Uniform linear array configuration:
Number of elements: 32
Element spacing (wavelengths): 0.25
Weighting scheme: kaiser
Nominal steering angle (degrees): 15
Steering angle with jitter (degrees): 14.985
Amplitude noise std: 0.05
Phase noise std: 0.05

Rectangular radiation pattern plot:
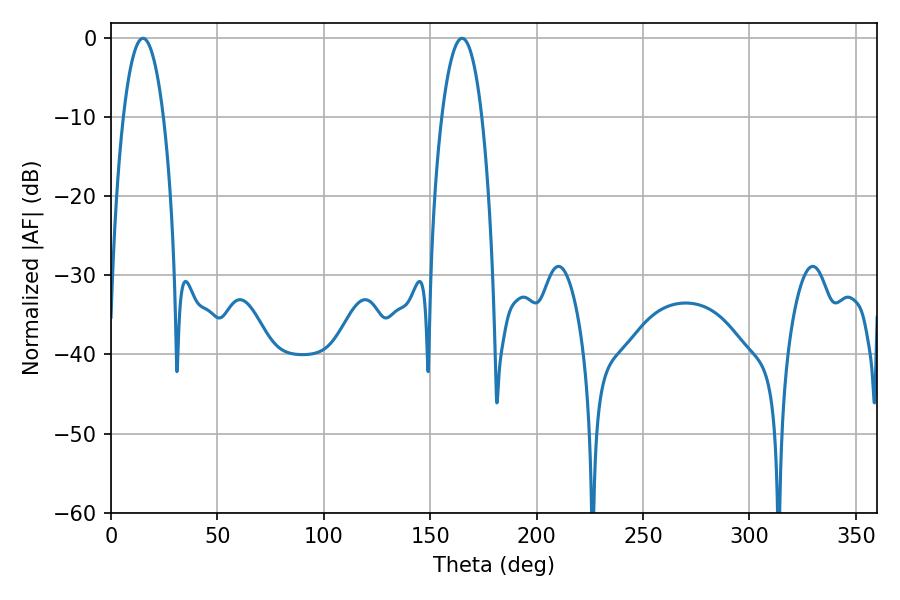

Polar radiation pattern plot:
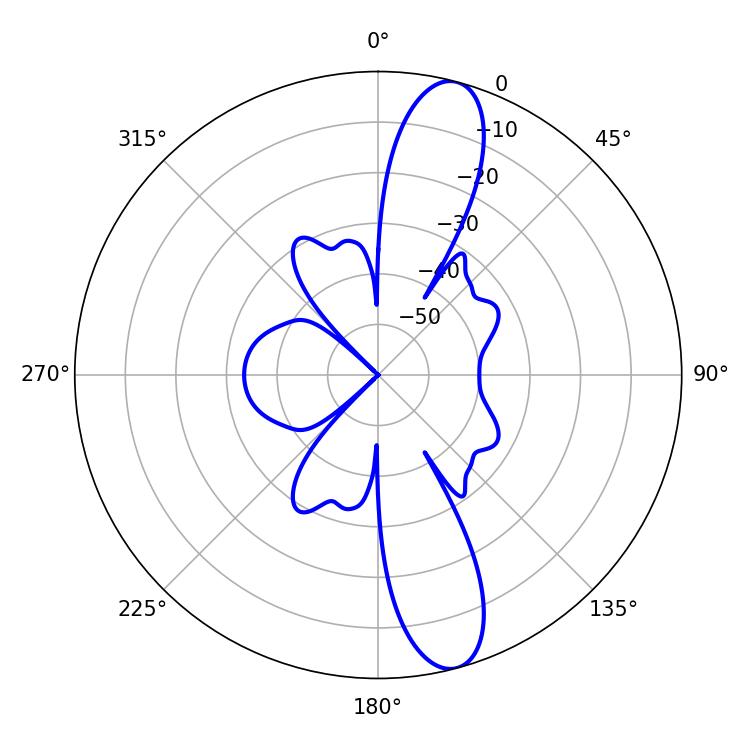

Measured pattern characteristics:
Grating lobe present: FALSE
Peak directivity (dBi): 12.954
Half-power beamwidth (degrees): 10.44
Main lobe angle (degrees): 14.94